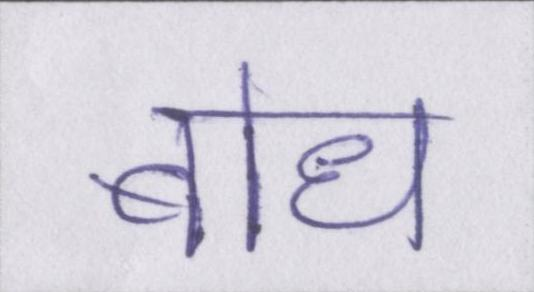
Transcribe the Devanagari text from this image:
बोध